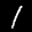
Label: 1